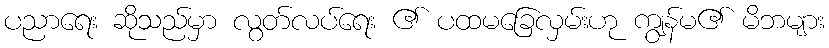
ပညာရေး ဆိုသည်မှာ လွတ်လပ်ရေး ၏ ပထမခြေလှမ်းဟု ကျွန်မ၏ မိဘများ